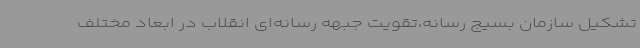
تشکیل سازمان بسیج رسانه،تقویت جبهه رسانه‌ای انقلاب در ابعاد مختلف